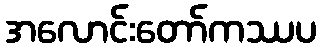
အလောင်းတော်ကဿပ